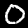
Digit: 0